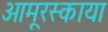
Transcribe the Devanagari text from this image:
आमूरस्काया